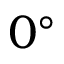
0 ^ { \circ }